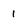
Character: 1